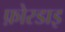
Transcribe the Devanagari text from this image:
फ़ोरडाइ